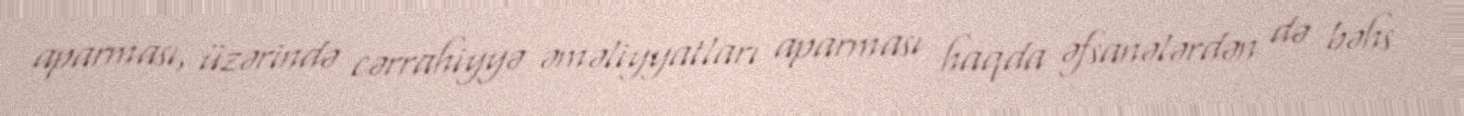
aparması, üzərində cərrahiyyə əməliyyatları aparması haqda əfsanələrdən də bəhs